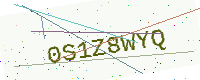
Text: 0S1Z8WYQ